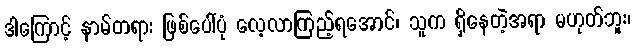
ဒါကြောင့် နာမ်တရား ဖြစ်ပေါ်ပုံ လေ့လာကြည့်ရအောင်၊ သူက ရှိနေတဲ့အရာ မဟုတ်ဘူး၊